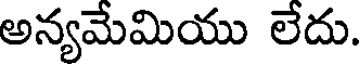
అన్యమేమియు లేదు.